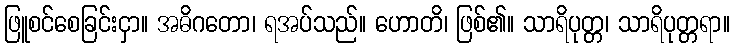
ဖြူစင်စေခြင်းငှာ။ အဓိဂတော၊ ရအပ်သည်။ ဟောတိ၊ ဖြစ်၏။ သာရိပုတ္တ၊ သာရိပုတ္တရာ။